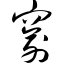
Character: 窬